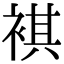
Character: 褀